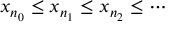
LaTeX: x _ { n _ { 0 } } \leq x _ { n _ { 1 } } \leq x _ { n _ { 2 } } \leq \cdots